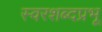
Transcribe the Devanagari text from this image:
स्वरशब्दप्रभू